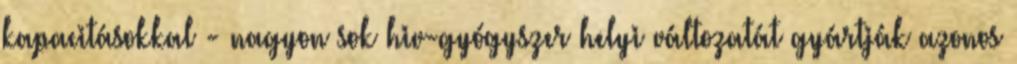
kapacitásokkal - nagyon sok hiv-gyógyszer helyi változatát gyártják azonos